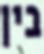
בין